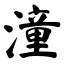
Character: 潼